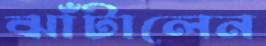
ঝাঁটালেন